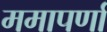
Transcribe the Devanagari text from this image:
ममापर्णा